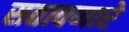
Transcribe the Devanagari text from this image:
सतावणारे